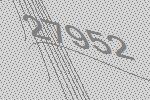
27952